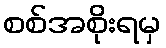
စစ်အစိုးရမှ